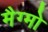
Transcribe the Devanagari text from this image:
मैग्मो